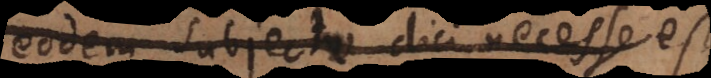
eodem subjecto dici necesse est,